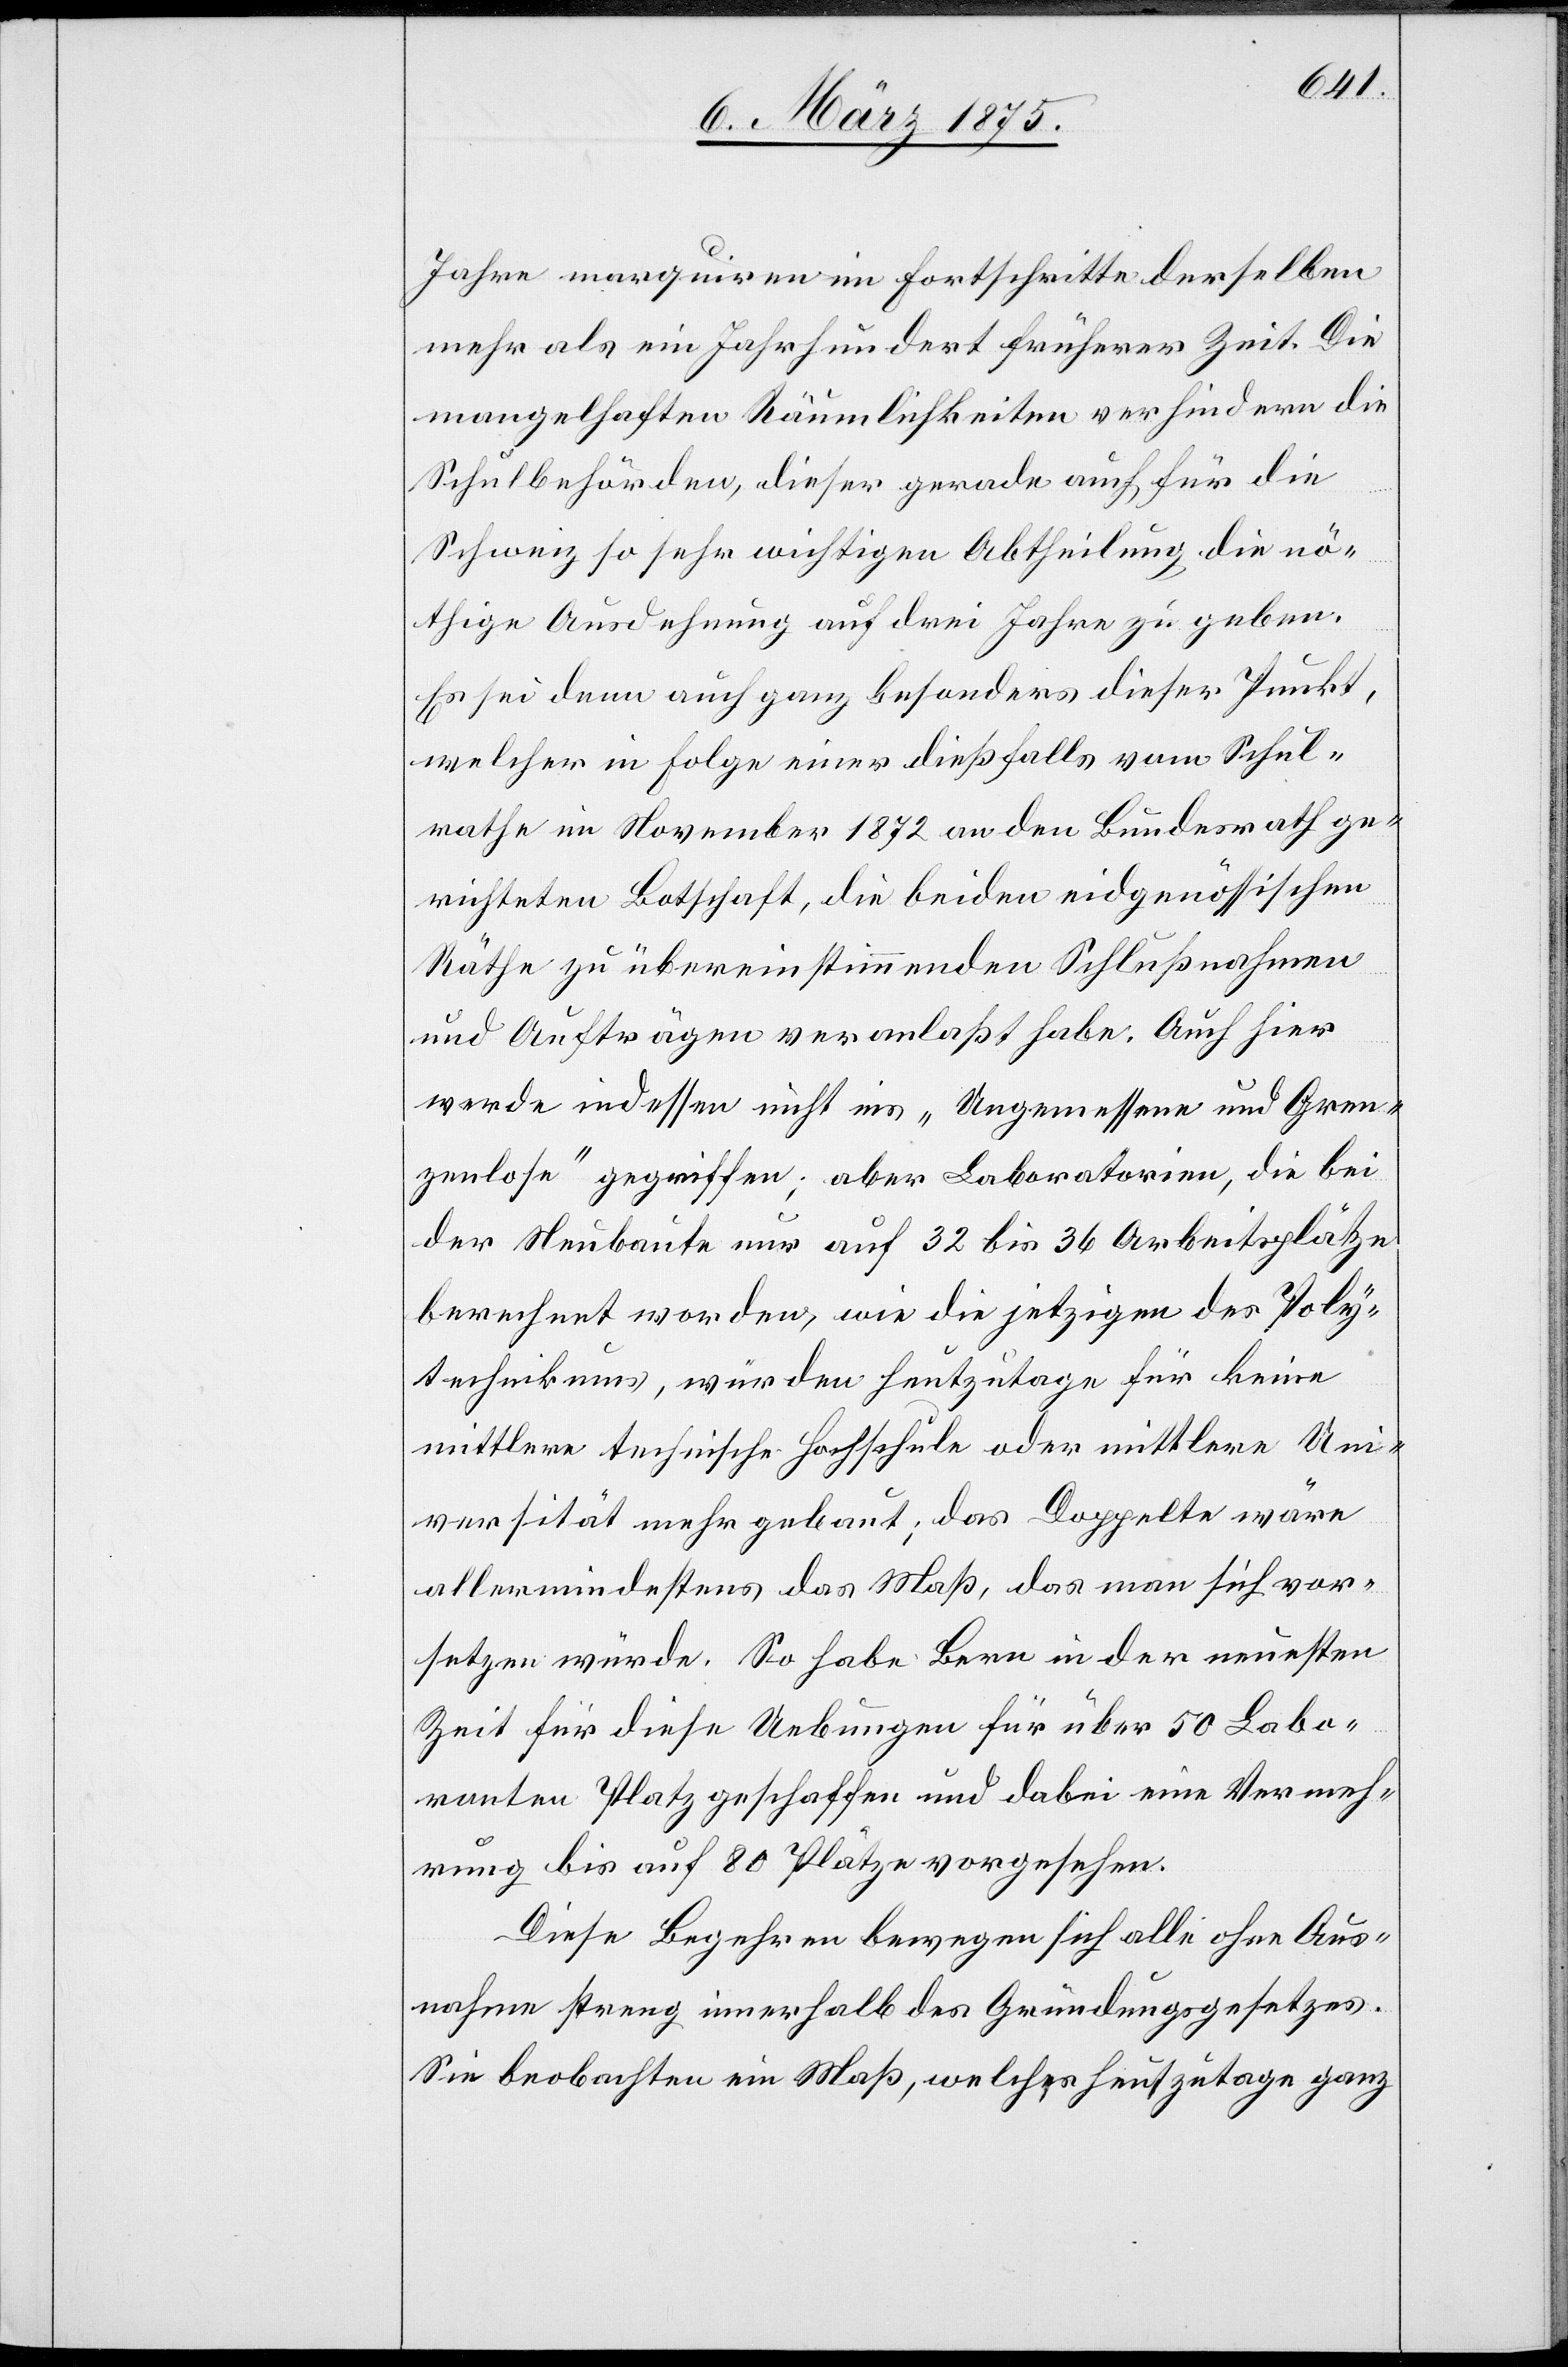
Jahre marquiren im Fortschritte derselben
mehr als ein Jahrhundert früherer Zeit. Die
mangelhaften Räumlichkeiten verhindern die
Schulbehörden, dieser gerade auch für die
Schweiz so sehr wichtigen Abtheilung die nö¬
thige Ausdehnung auf drei Jahre zu geben.
Es sei denn auch ganz Besonders dieser Punkt,
welcher in Folge einer dießfalls vom Schul¬
mathe im November 1872 an den Bundesrath ge¬
richteten Botschaft, die beiden eidgenössischen
Räthe zu übereinstimmenden Schlußnahmen
und Aufträgen veranlaßt habe: Auch hier
werde indessen nicht ins „Ungemeßen und Gren¬
zenlose“ gegriffen; aber Laboratorien, die bei
der Neubaute nur auf 32 bis 36 Arbeitsplätze
berechnet worden, wie die jetzigen des Poly¬
technikums, würden heutzutage für keine
mittlere technische Hochschule oder mittlere Uni¬
versität mehr gebaut, das Doppelte wäre
allermindestens das Maß, das man sich vor¬
setzen würde. So habe Bern in der neuesten
Zeit für diese Uebungen für über 50 Labo¬
ranten Platz geschaffen und dabei eine Vermeh¬
rung bis auf 80 Plätze vorgesehen.
Diese Begehren bewegen sich alle ohne Aus¬
nahme streng innerhalb des Gründungsgesetzes.
Sie beobachten ein Maß, welches heutzutage ganz